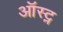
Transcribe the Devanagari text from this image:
ऑस्ट्न